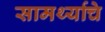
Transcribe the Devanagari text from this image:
सामर्थ्याचे